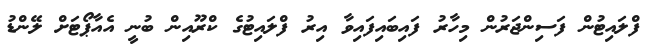
ފްލައިޓުން ފަސިންޖަރުން މިހާރު ފައިބައިފައިވާ އިރު ފްލައިޓުގެ ކްރޫއިން ބުނީ އެއާޕޯޓަށް ލޭންޑު